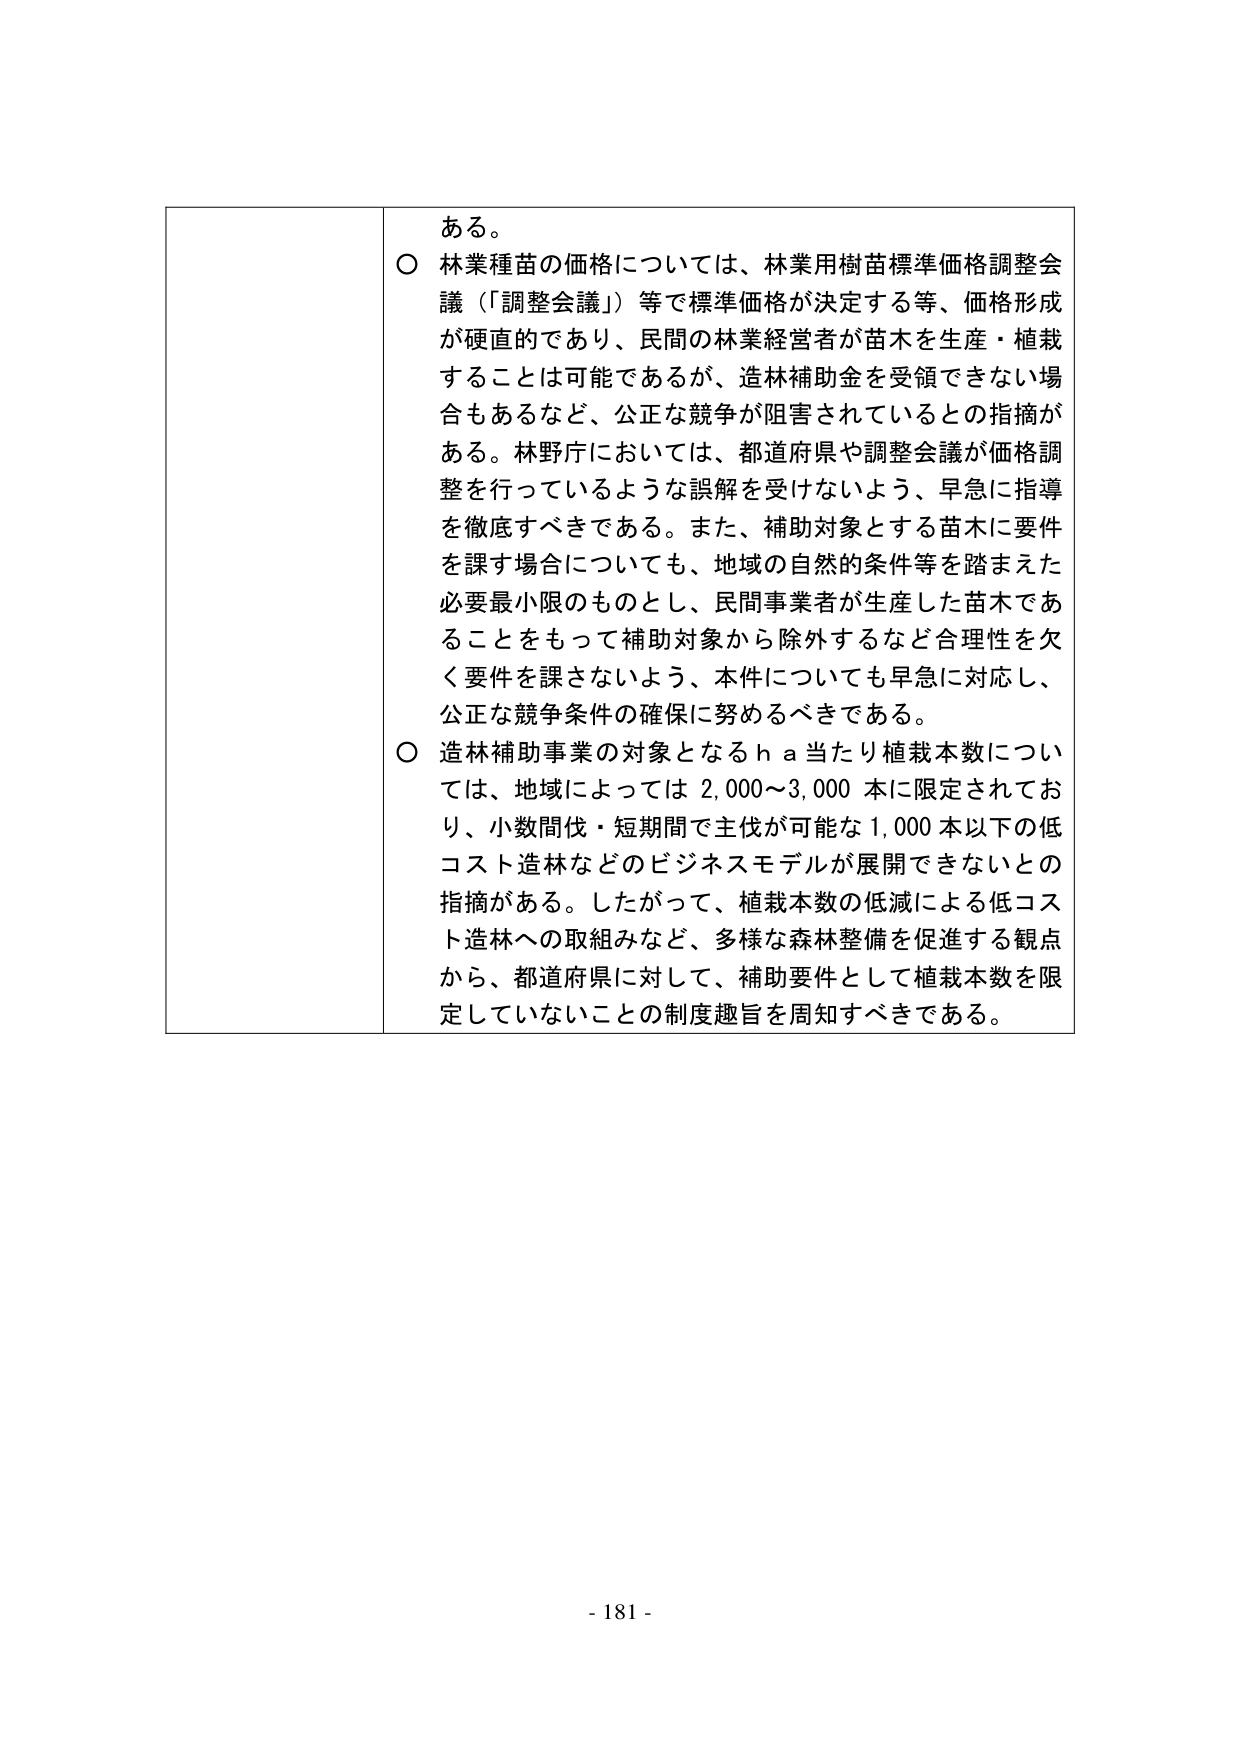
ある。

○ 林業種苗の価格については、林業用樹苗標準価格調整会議（「調整会議」）等で標準価格が決定する等、価格形成が硬直的であり、民間の林業経営者が苗木を生産・植栽することは可能であるが、造林補助金を受領できない場合もあるなど、公正な競争が阻害されているとの指摘がある。林野庁においては、都道府県や調整会議が価格調整を行っているような誤解を受けないよう、早急に指導を徹底すべきである。また、補助対象とする苗木に要件を課す場合についても、地域の自然的条件等を踏まえた必要最小限のものとし、民間事業者が生産した苗木であることをもって補助対象から除外するなど合理性を欠く要件を課さないよう、本件についても早急に対応し、公正な競争条件の確保に努めるべきである。

○ 造林補助事業の対象となるｈａ当たり植栽本数については、地域によっては2,000～3,000本に限定されており、小数間伐・短期間で主伐が可能な1,000本以下の低コスト造林などのビジネスモデルが展開できないとの指摘がある。したがって、植栽本数の低減による低コスト造林への取組みなど、多様な森林整備を促進する観点から、都道府県に対して、補助要件として植栽本数を限定していないことの制度趣旨を周知すべきである。

- 181 -